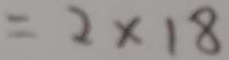
= 2 \times 1 8